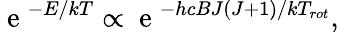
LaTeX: \mathrm{~e~}^{-E/kT}\propto\mathrm{~e~}^{-hcBJ(J+1)/kT_{rot}},